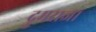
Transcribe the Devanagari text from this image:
द्रुमराजा